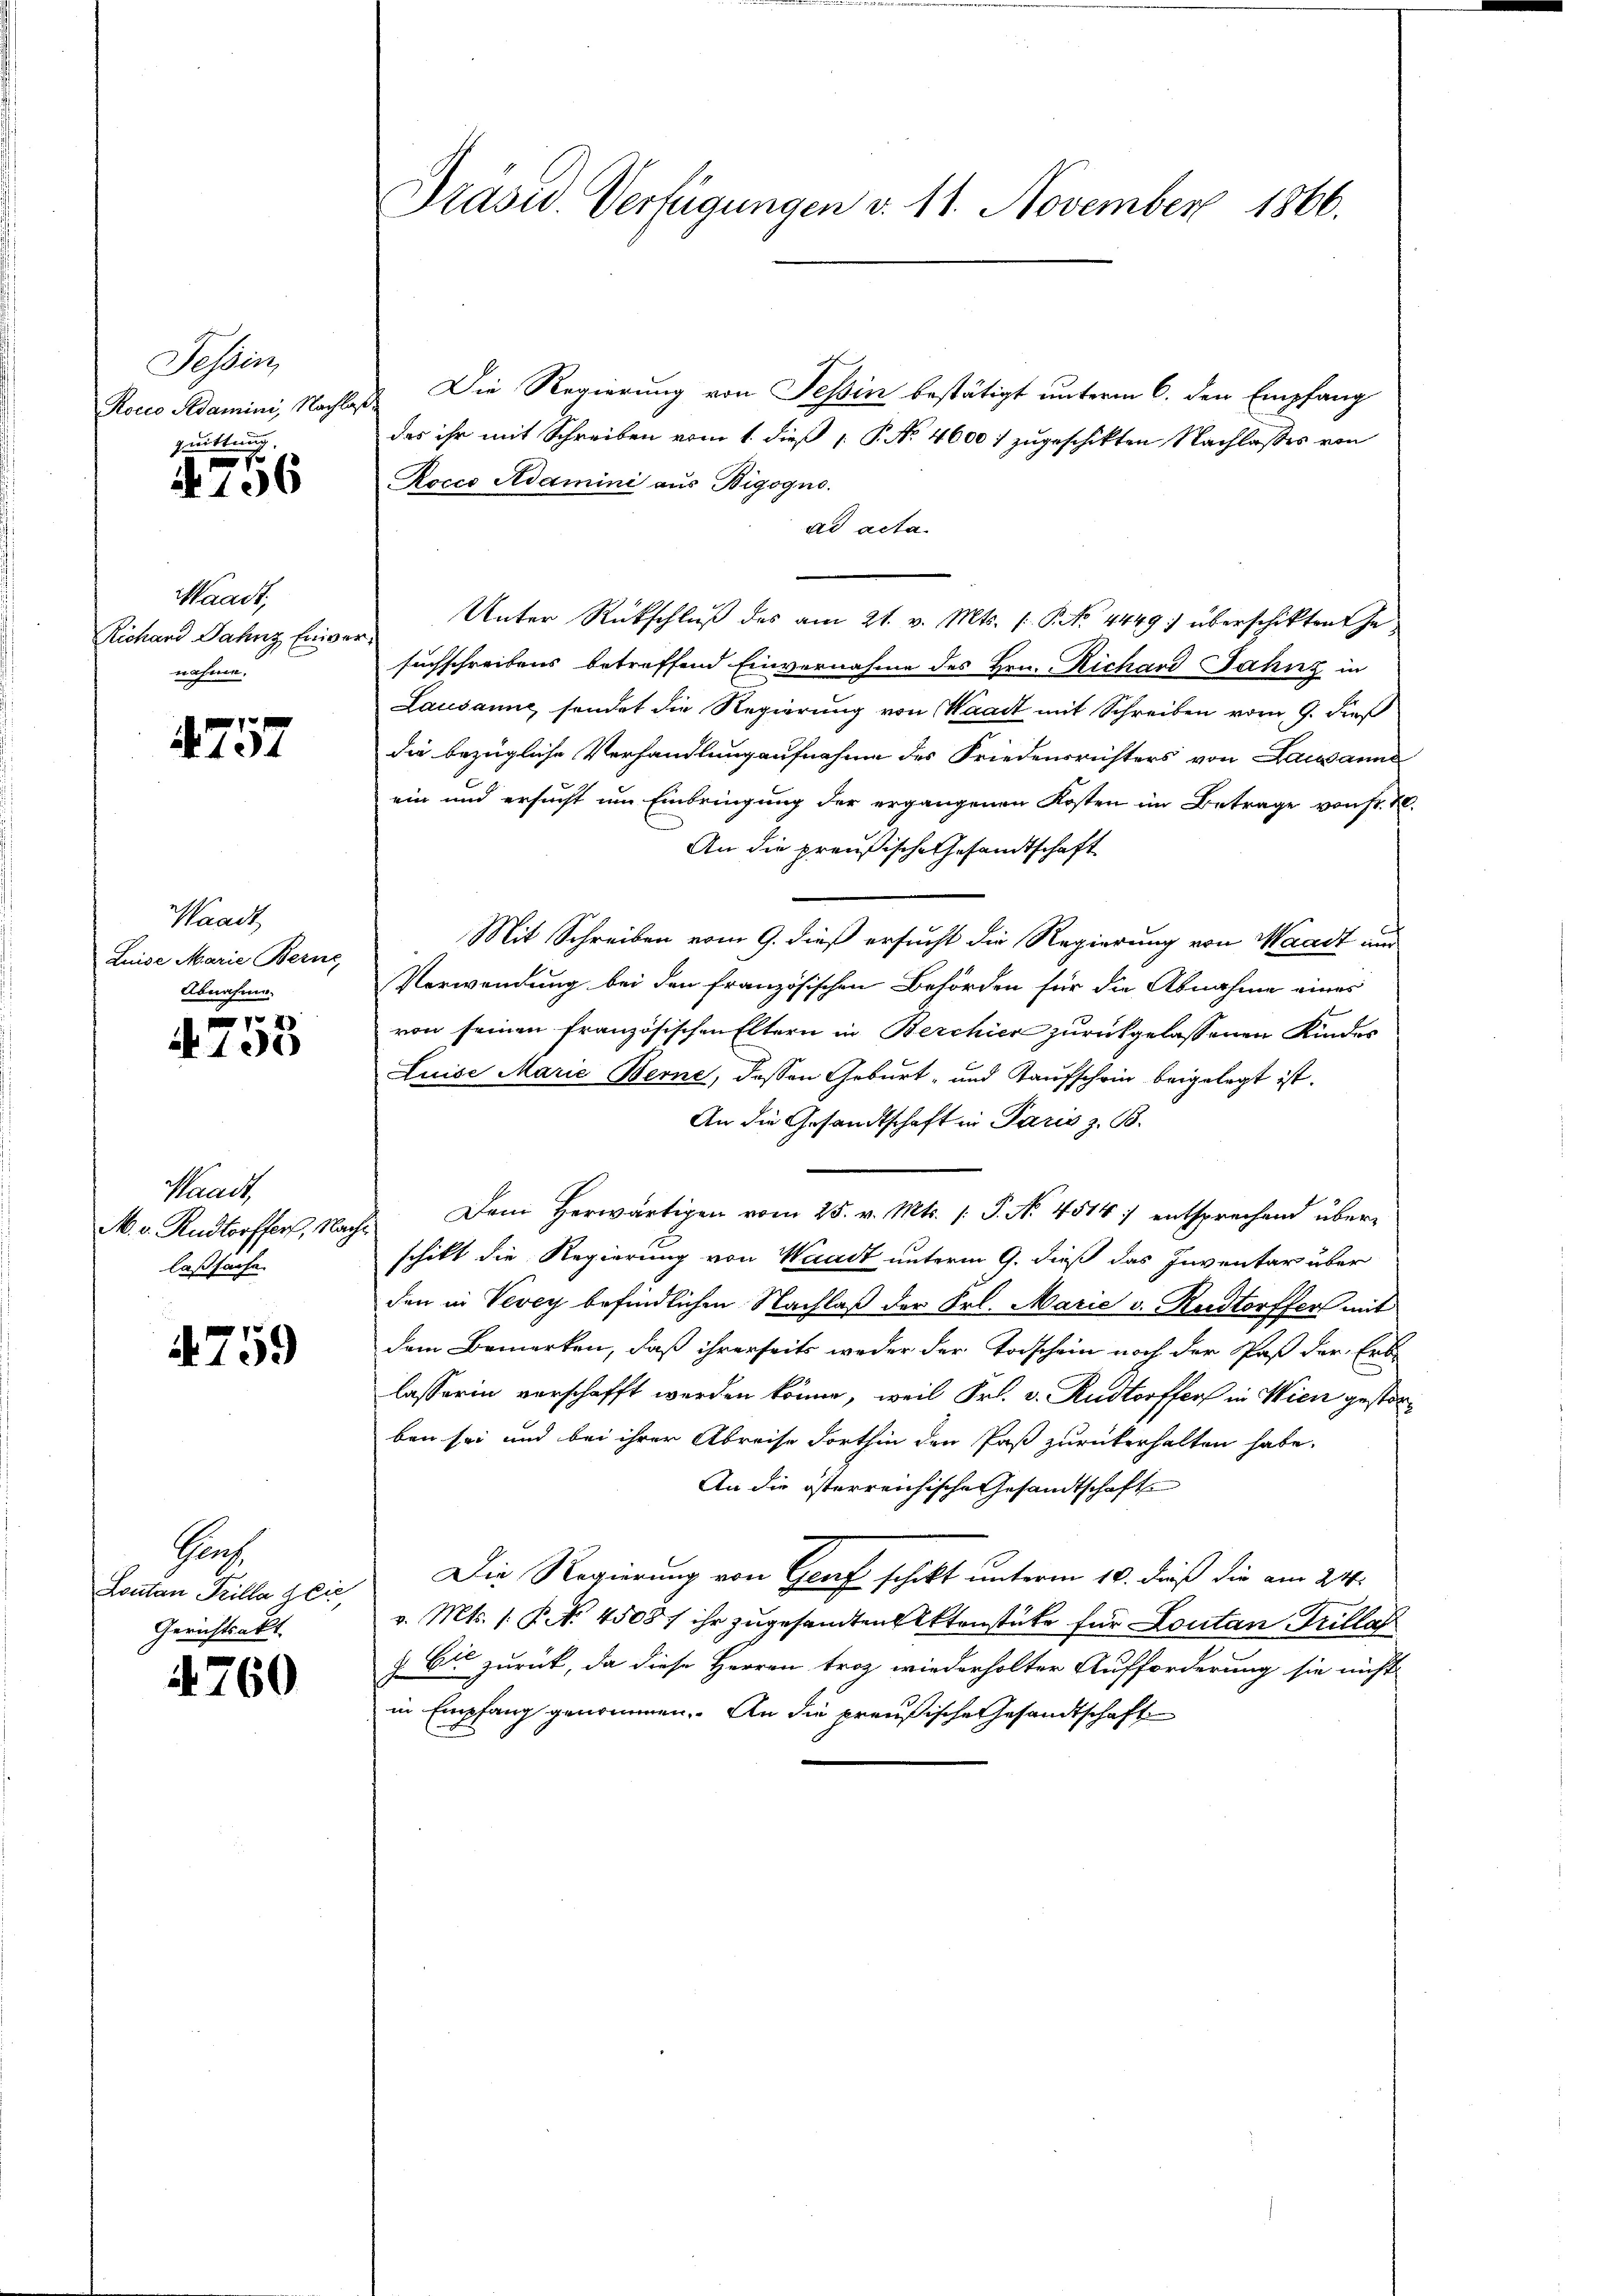
Tessin,
Rocco Adamini, Nachlag
Zwittung.

1
E
N 106

Waadt,
Richand Jahnz Eniver
nahme.

4757

Waadt
Luise Marie Berne
Abnahme.

x
A 190

Waadt,
M. v. Rudtorffer, Nach
laßsache.

4759

Groh
Lontan Frilla lie
Gerichtsakt

4760

Präsid. Verfügungen v. 11. November 1866.

Die Regierung von Tessin bestätigt unterm 6. den Empfang
ch
das ihr mit Schreiben vom 1. dieß P. No. 4600 7 zugeschikten Nachlasses von
Roccs Adamini aus Bigogno.
ad acta.
Unter Rückschlŭβ des am 21. v. Mts. (: P. No. 4449) überschikten Ja
suchschreibens betreffend Einvernahme des Hrn. Richard Jahnz in
Lausanne sondet die Regierung von Waadt mit Schreiben vom 9. dieß
die bezügliche Verhandlung aufnahme des Friedensrichters von Lausanne
ein und ersucht um Einbringung der ergangenen Kosten im Betrage von Sr. K.
An die preußische Gesandtschaft
Mit Schreiben vom 9. dieß ersucht die Regierung von Waadt aus
Verwendung bei den französischen Behörden für die Abnahme eines
von seinen französischen Eltern in Berchier zurückgelassenen Kindes
Luise Marie Berne, dessen Geburt- und Kaufschein beigelegt ist.
An die Gesandtschaft in Paris z. B.
Dem Herwärtigen vom 25. v. Mts. (: P. No 4514 :/ entsprechend überschikt die Regierung von Waadt unterm 9. dieß das Inventar über
den in Vevey befindlichen Nachlaß der Frl. Marie v. Rudorffers mit
dem Bemerken, daß ihrerseits weder der Todschein noch der Paß der Erb-
lasserin verschafft werden könne, weil Fr. v. Rudtoffer in Wien gestorben sei und bei ihrer Abreise dorthin den Paß zurükerhalten habe.
An die österreichische Gesamtschafte
Die Regierung von Genf schikt unterm 10. dieß die am 24.
v. Mts. (: P. 4508 / ihr zugesandten Aktenstüke für Loutan Grillat
z. Cie zurück, da diese Herren troz wiederholter Aufforderung sie nicht
in Empfang genommen. An die preußische Gesandtschaft